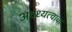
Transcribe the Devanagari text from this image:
अवध्यत्वाचा